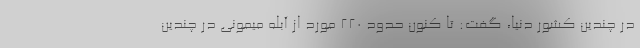
در چندین کشور دنیا، گفت: تا کنون حدود 220 مورد از آبله میمونی در چندین